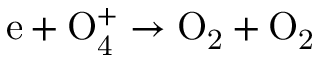
\mathrm { e + O _ { 4 } ^ { + } \to O _ { 2 } + O _ { 2 } }